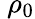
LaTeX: ~\rho_{0}